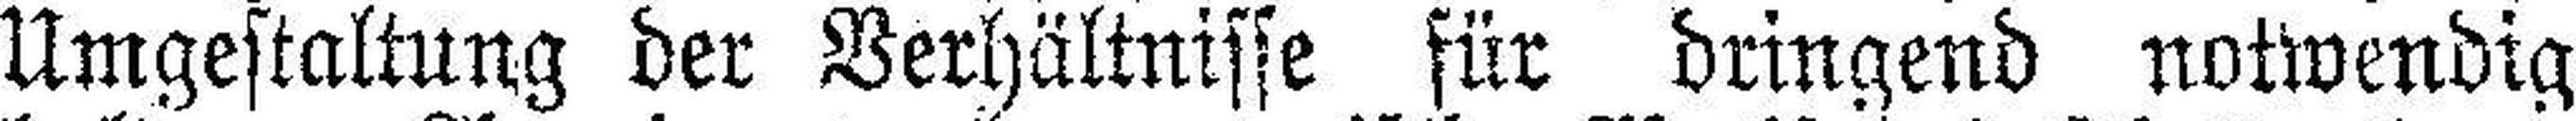
Umgestaltung der Verhältnisse für dringend notwendig